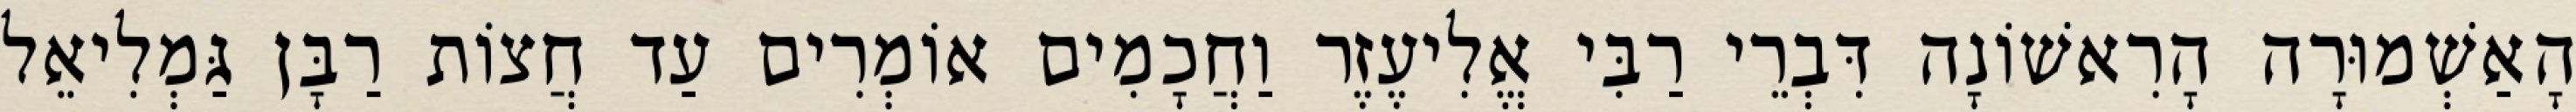
הָאַשְׁמוּרָה הָרִאשׁוֹנָה דִּבְרֵי רַבִּי אֱלִיעֶזֶר וַחֲכָמִים אוֹמְרִים עַד חֲצוֹת רַבָּן גַּמְלִיאֵל